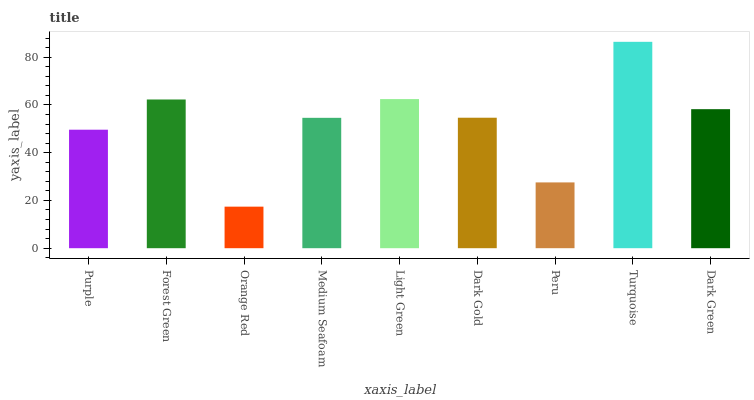
| xaxis_label | bars |
 | --- | --- |
 | Purple | 49.6 |
 | Forest Green | 62.3 |
 | Orange Red | 17.4 |
 | Medium Seafoam | 54.6 |
 | Light Green | 62.4 |
 | Dark Gold | 54.6 |
 | Peru | 27.6 |
 | Turquoise | 86.4 |
 | Dark Green | 58.2 |